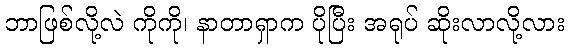
ဘာဖြစ်လို့လဲ ကိုကို၊ နာတာရှာက ပိုပြီး အရုပ် ဆိုးလာလို့လား